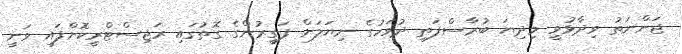
ޖަންނަތު ވިދާޅުވީ މިދިޔަ ބުރާސްފަތި ދުވަހުގެ ނިޔަލަށް ފަގީރުންގެ ގޮތުގައި ރަޖިސްޓްރީކޮށްފައި ވަނީ